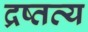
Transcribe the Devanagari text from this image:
द्रष्तव्य